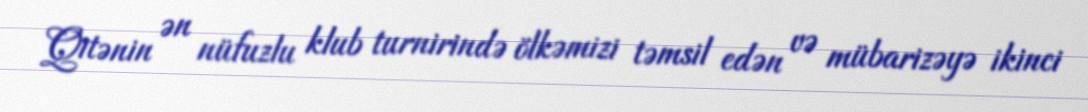
Qitənin ən nüfuzlu klub turnirində ölkəmizi təmsil edən və mübarizəyə ikinci